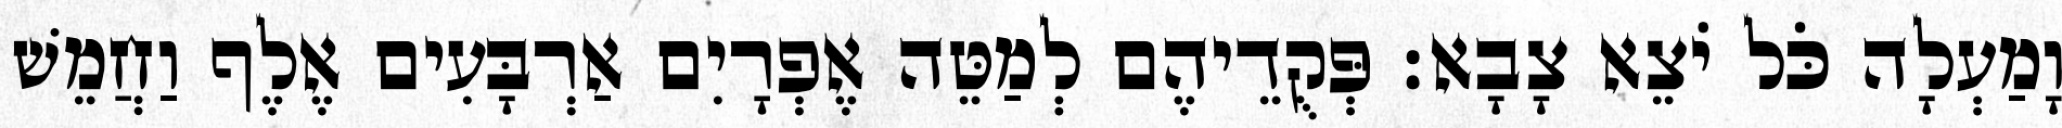
וָמַעְלָה כֹּל יֹצֵא צָבָא׃ פְּקֻדֵיהֶם לְמַטֵּה אֶפְרָיִם אַרְבָּעִים אֶלֶף וַחֲמֵשׁ